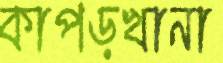
কাপড়খানা